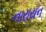
નારાયન